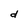
Character: d